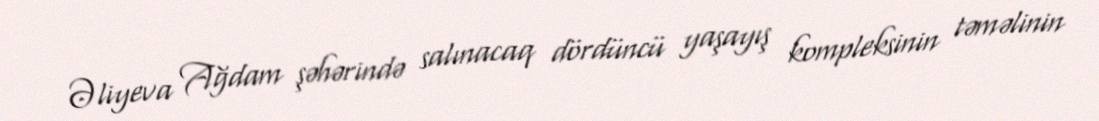
Əliyeva Ağdam şəhərində salınacaq dördüncü yaşayış kompleksinin təməlinin